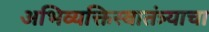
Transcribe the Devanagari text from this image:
अभिव्यक्तिस्वातंत्र्याचा